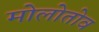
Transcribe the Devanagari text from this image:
मोलोतोव